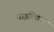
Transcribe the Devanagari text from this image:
चाइल्डिश